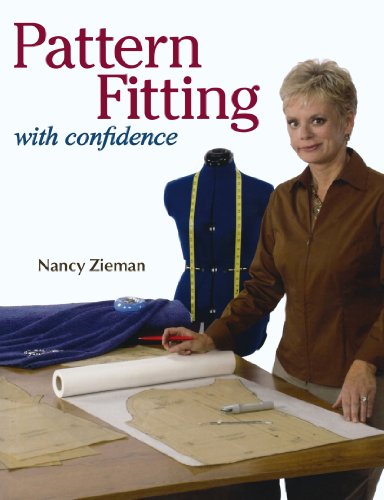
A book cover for Pattern Fitting With Confidence; Nancy Zieman; Crafts, Hobbies & Home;